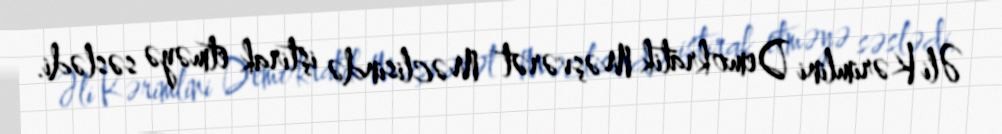
Əli Kərimlini Demokratik Məşvərət Məclisində iştirak etməyə səslədi.